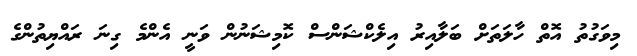
މިވަގުތު އޮތް ހާލަތަށް ބަލާއިރު އިލެކްޝަންސް ކޮމިޝަނުން ވަނީ އެންމެ ގިނަ ރައްޔިިތުންގެ